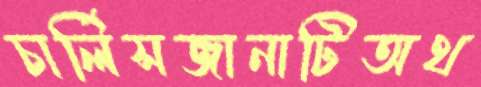
চার্লিসজানাটিঅথ